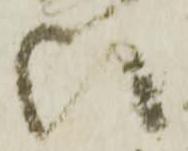
ひ